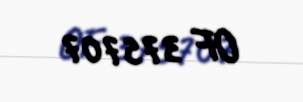
OF 375707